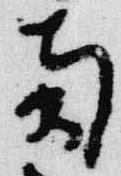
南